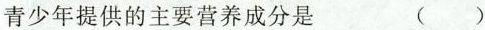
青少年提供的主要营养成分是 ( )